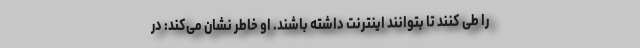
را طی کنند تا بتوانند اینترنت داشته باشند. او خاطر نشان می‌کند: در